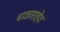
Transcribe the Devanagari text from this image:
बाळासाहेव